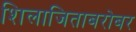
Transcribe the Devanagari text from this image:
शिलाजिताबरोबर